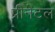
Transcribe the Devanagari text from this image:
प्रीनेटल